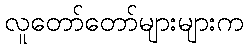
လူတော်တော်များများက